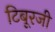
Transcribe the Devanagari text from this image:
टिबूरजी